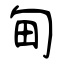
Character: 甸